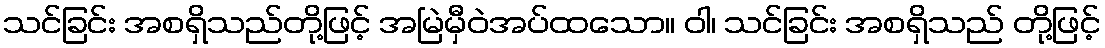
သင်ခြင်း အစရှိသည်တို့ဖြင့် အမြဲမှီဝဲအပ်ထသော။ ဝါ၊ သင်ခြင်း အစရှိသည် တို့ဖြင့်